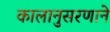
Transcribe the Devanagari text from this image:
कालानुसरणाने